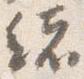
緒